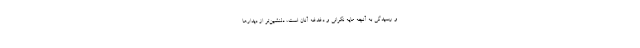
و رسیدگی به آنچه مایه نگرانی و دغدغه آنان است، دلنشین‌تر از دیدارها